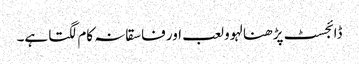
ڈائجسٹ پڑھنا لہوو لعب اور فاسقانہ کام لگتا ہے۔